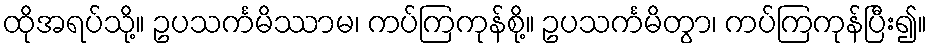
ထိုအရပ်သို့။ ဥပသင်္ကမိဿာမ၊ ကပ်ကြကုန်စို့။ ဥပသင်္ကမိတွာ၊ ကပ်ကြကုန်ပြီး၍။